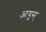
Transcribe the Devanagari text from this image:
आयुस्‌